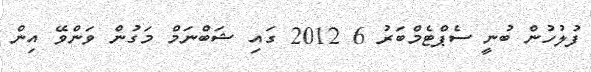
ފުލުހުން ބުނީ ސެޕްޓެމްބަރު 6 2012 ގައި ޝަބްނަމް މަގުން ވަންވޭ އިން